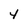
Character: 4